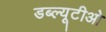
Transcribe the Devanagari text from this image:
डब्‍ल्यूटीओ